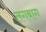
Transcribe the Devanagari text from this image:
लगबाग